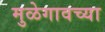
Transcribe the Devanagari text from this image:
मुळेगावच्या